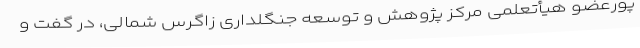
پورعضو هیأتعلمی مرکز پژوهش و توسعه جنگلداری زاگرس شمالی، در گفت و